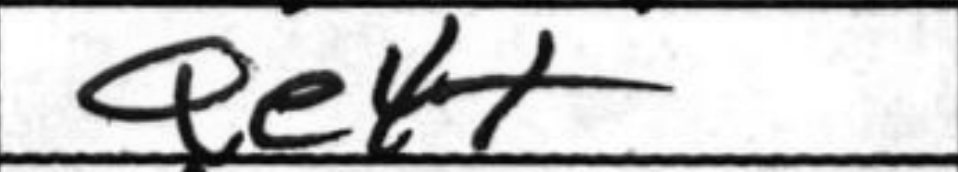
Transcription: Qe4+